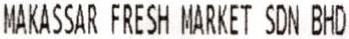
MAKASSAR FRESH MARKET SDN BHD